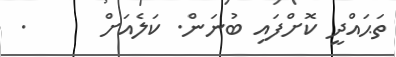
ތަޙައްދީ ކޮށްފައި ބުނަން. ކަލެއަށް      .